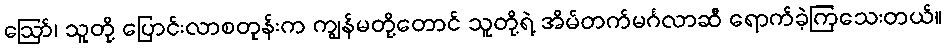
ဪ၊ သူတို့ ပြောင်းလာစတုန်းက ကျွန်မတို့တောင် သူတို့ရဲ့ အိမ်တက်မင်္ဂလာဆီ ရောက်ခဲ့ကြသေးတယ်။